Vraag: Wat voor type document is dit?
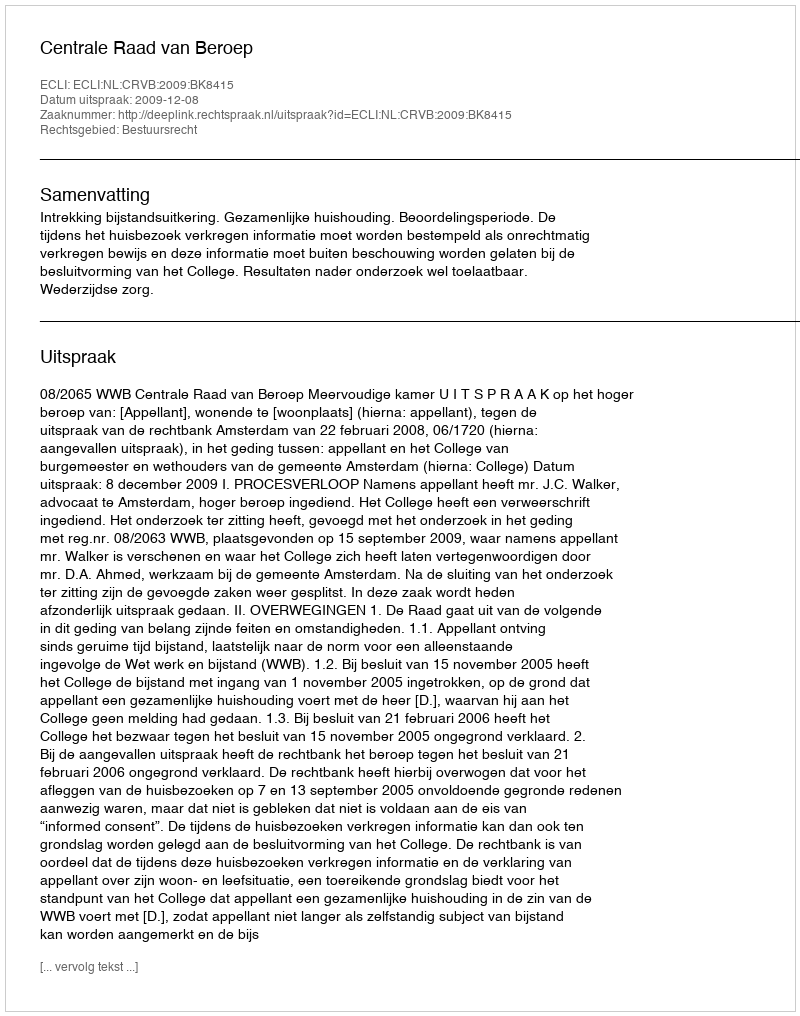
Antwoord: Uitspraak